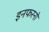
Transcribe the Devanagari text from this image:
इनफरनो